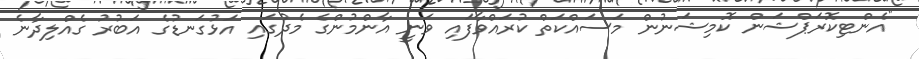
"އެންޓިކޮރަޕްޝަން ކޮމިޝަނުން މަސައްކަތް ކުރައްވާފައި ވަނީ އާންމުންގެ މެދުގައި އަޅުގަނޑުގެ އަބުރު ގެއްލިދާނެ